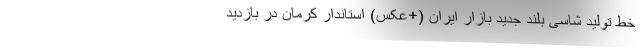
خط تولید شاسی بلند جدید بازار ایران (+عکس) استاندار کرمان در بازدید